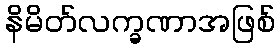
နိမိတ်လက္ခဏာအဖြစ်